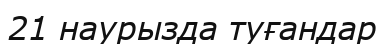
21 наурызда туғандар